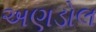
અણડોલ